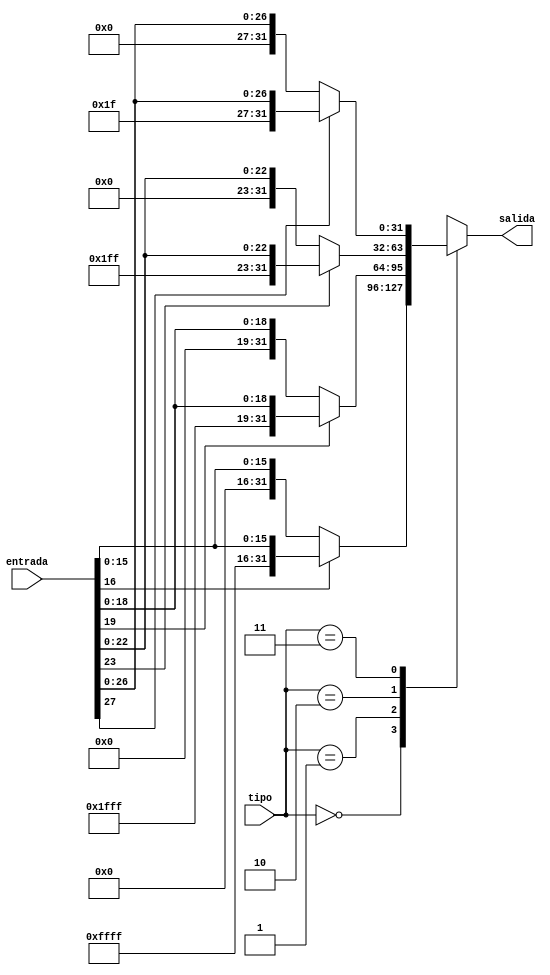
module signextend (entrada,salida,tipo);
  input [27:0] entrada;
  input [1:0] tipo;
  output reg [31:0] salida;
  
  always @(entrada,tipo)  //Si cambia el tipo antes de que la entrada sea de la longitud correcta tendr como resultado 
  begin                   //un valor desconocido, pero damos por hecho que cuando guarde en el registro del final de la 
								  //fase, la longitud ya ser correcta...
    case (tipo)
      2'b00:  //tipo 00 indica un inmediato de 17 bits
			salida=entrada[16]?{15'b111111111111111,entrada[16:0]}:{15'b0,entrada[16:0]};
      2'b01:  //tipo 01 indica un inmediato de 20 bits
			salida=entrada[19]?{12'b111111111111,entrada[19:0]}:{12'b0,entrada[19:0]};
      2'b10:  //tipo 10 indica un inmediato de 24 bits
			salida=entrada[23]?{8'b11111111,entrada[23:0]}:{8'b0,entrada[23:0]};
      2'b11:  //tipo 11 indica un inmediato de 28 bits
			salida=entrada[27]?{4'b1111,entrada[27:0]}:{4'b0,entrada[27:0]};
    endcase
  end
  
endmodule